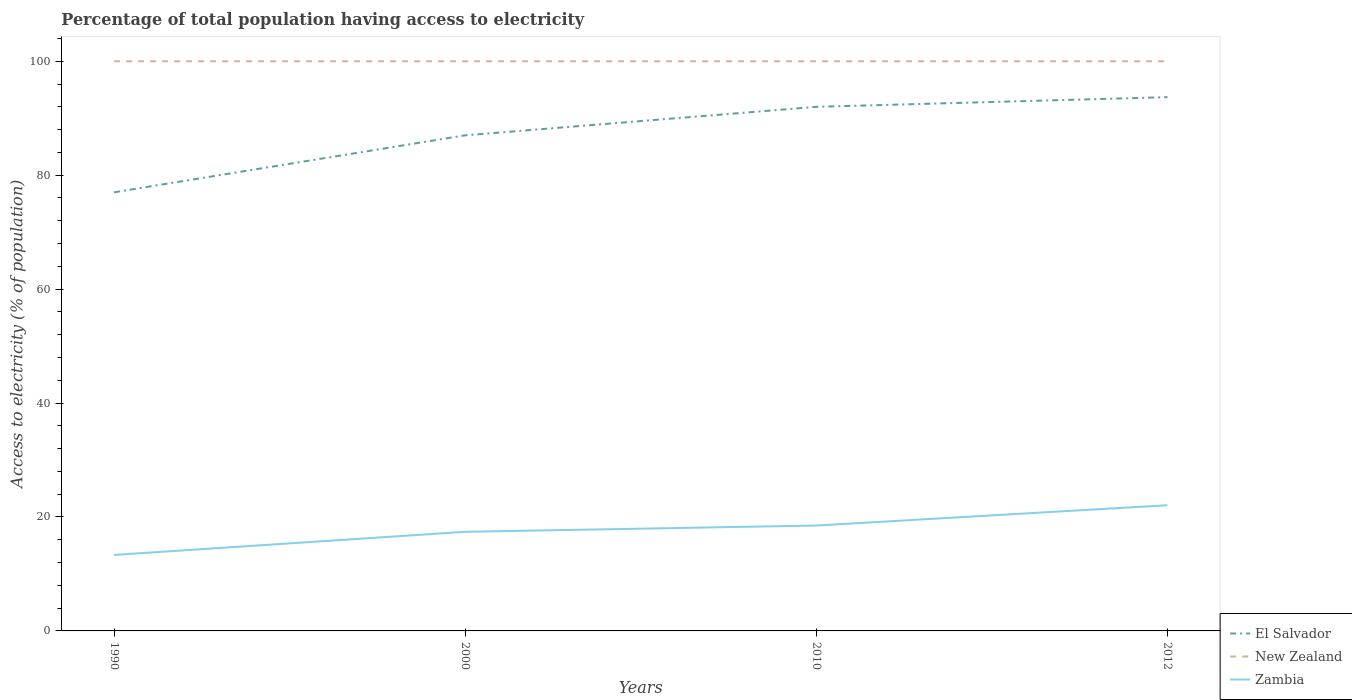
| Years | El Salvador | New Zealand | Zambia |
 | --- | --- | --- | --- |
 | 1990 | 77 | 100 | 13.3 |
 | 2000 | 87 | 100 | 17.4 |
 | 2010 | 92 | 100 | 18.5 |
 | 2012 | 93.7 | 100 | 22.1 |